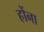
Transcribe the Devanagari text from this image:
होंना